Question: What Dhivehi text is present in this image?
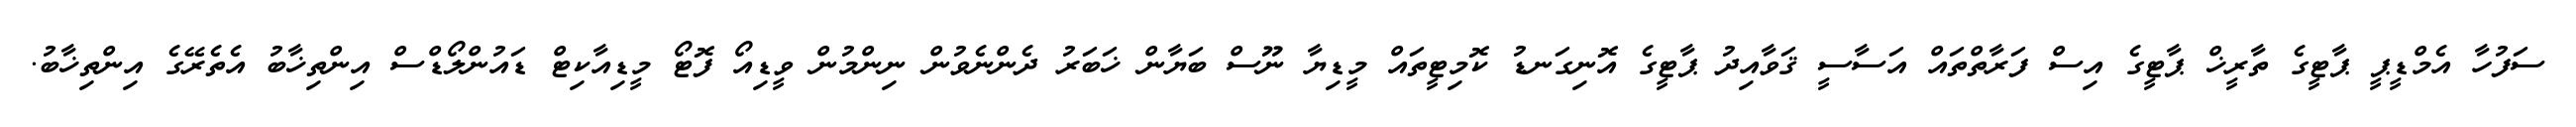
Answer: ސަފުހާ އެމްޑީޕީ ޕާޓީގެ ތާރީޚް ޕާޓީގެ އިސް ފަރާތްތައް އަސާސީ ޤަވާއިދު ޕާޓީގެ އޮނިގަނޑު ކޮމިޓީތައް މީޑިޔާ ނޫސް ބަޔާން ޚަބަރު ދެންނެވުން ނިންމުން ވީޑިއޯ ފޮޓޯ މީޑިއާކިޓް ޑައުންލޯޑްސް އިންތިޚާބު އެތެރޭގެ އިންތިޚާބު.